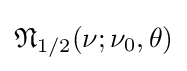
{\mathfrak {N}}_{1/2}(\nu ;\nu _{0},\theta )